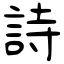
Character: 詩